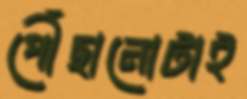
পৌঁছানোটাই